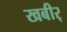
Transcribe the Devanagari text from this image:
खबीर्